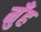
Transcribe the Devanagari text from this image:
मुँंह